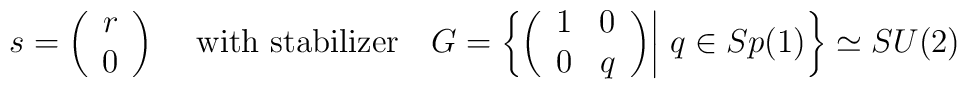
s=\bigg(\begin{array}{c} r  \\ 0 \end{array}\bigg)~~~~\textrm{with stabilizer}~~~ G=\bigg\{\bigg(\begin{array}{cc}  1 & 0 \\  0 & q\end{array}\bigg)\bigg|~ q\in Sp(1) \bigg\}\simeq SU(2)